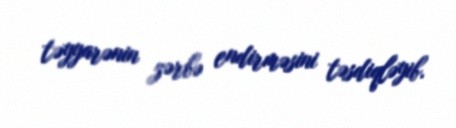
təyyarənin zərbə endirməsini təsdiqləyib.